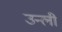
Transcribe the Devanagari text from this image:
उन्ली